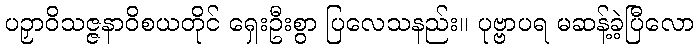
ပဉှာဝိသဇ္ဇနာဝိစယတိုင် ရှေးဦးစွာ ပြလေသနည်း။ ပုဗ္ဗာပရ မဆန့်ခဲ့ပြီလော